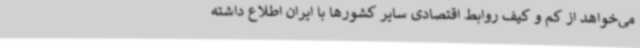
می‌خواهد از کم و کیف روابط اقتصادی سایر کشورها با ایران اطلاع داشته